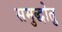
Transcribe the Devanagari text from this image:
समुद्धोतु